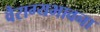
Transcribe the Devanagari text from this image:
वैराग्यभावना